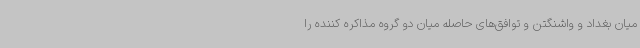
میان بغداد و واشنگتن و توافق‌های حاصله میان دو گروه مذاکره کننده را